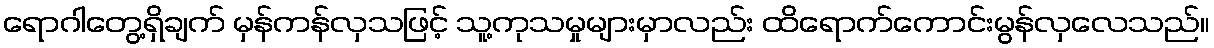
ရောဂါတွေ့ရှိချက် မှန်ကန်လှသဖြင့် သူ့ကုသမှုများမှာလည်း ထိရောက်ကောင်းမွန်လှလေသည်။